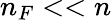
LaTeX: n_{F}<<n